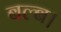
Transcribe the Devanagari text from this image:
बल्ब।